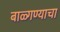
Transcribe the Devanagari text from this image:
बाळ्गण्याचा